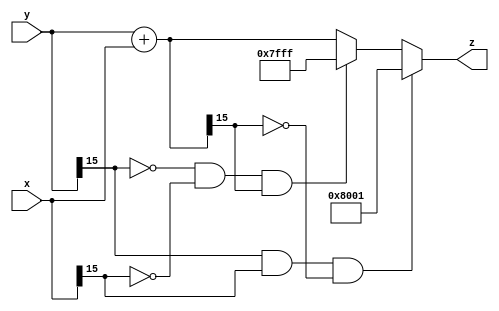

`ifndef i_ap_adder
`define i_ap_adder


module i_ap_adder #(parameter integer bitlength = 16, parameter Inf=16'b0111_1111_1111_1111)
                (input signed[bitlength-1:0] x,
                 input signed[bitlength-1:0] y,
                 output reg signed[bitlength-1:0] z);

wire signed[bitlength-1:0] tmp;
wire negO,posO;
assign tmp = y + x;
assign posO = (!y[bitlength-1]) & (!x[bitlength-1]) & (tmp[bitlength-1]);
assign negO = (y[bitlength-1]) & (x[bitlength-1]) & (!tmp[bitlength-1]);

always @ ( * ) begin
  if (negO) begin
    z <= $signed(-Inf);
  end else if(posO) begin
    z <= Inf;
  end else begin
    z <= tmp;
  end
end

endmodule


`endif